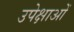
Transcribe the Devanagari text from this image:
उपेक्षाअों